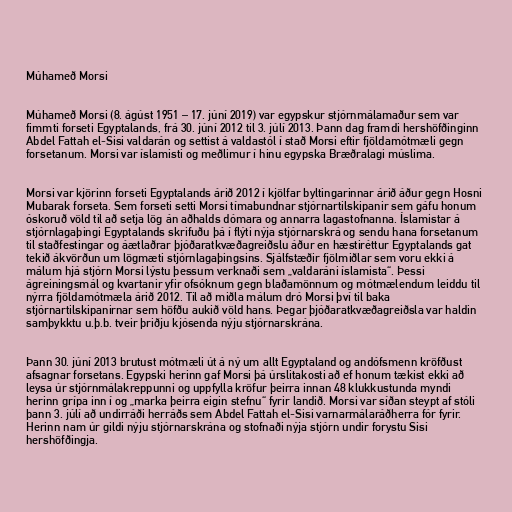
Múhameð Morsi

Múhameð Morsi (8. ágúst 1951 – 17. júní 2019) var egypskur stjórnmálamaður sem var
fimmti forseti Egyptalands, frá 30. júní 2012 til 3. júlí 2013. Þann dag framdi hershöfðinginn
Abdel Fattah el-Sisi valdarán og settist á valdastól í stað Morsi eftir fjöldamótmæli gegn
forsetanum. Morsi var íslamisti og meðlimur í hinu egypska Bræðralagi múslima.

Morsi var kjörinn forseti Egyptalands árið 2012 í kjölfar byltingarinnar árið áður gegn Hosni
Mubarak forseta. Sem forseti setti Morsi tímabundnar stjórnartilskipanir sem gáfu honum
óskoruð völd til að setja lög án aðhalds dómara og annarra lagastofnanna. Íslamistar á
stjórnlagaþingi Egyptalands skrifuðu þá í flýti nýja stjórnarskrá og sendu hana forsetanum
til staðfestingar og áætlaðrar þjóðaratkvæðagreiðslu áður en hæstiréttur Egyptalands gat
tekið ákvörðun um lögmæti stjórnlagaþingsins. Sjálfstæðir fjölmiðlar sem voru ekki á
málum hjá stjórn Morsi lýstu þessum verknaði sem „valdaráni íslamista“. Þessi
ágreiningsmál og kvartanir yfir ofsóknum gegn blaðamönnum og mótmælendum leiddu til
nýrra fjöldamótmæla árið 2012. Til að miðla málum dró Morsi því til baka
stjórnartilskipanirnar sem höfðu aukið völd hans. Þegar þjóðaratkvæðagreiðsla var haldin
samþykktu u.þ.b. tveir þriðju kjósenda nýju stjórnarskrána.

Þann 30. júní 2013 brutust mótmæli út á ný um allt Egyptaland og andófsmenn kröfðust
afsagnar forsetans. Egypski herinn gaf Morsi þá úrslitakosti að ef honum tækist ekki að
leysa úr stjórnmálakreppunni og uppfylla kröfur þeirra innan 48 klukkustunda myndi
herinn grípa inn í og „marka þeirra eigin stefnu“ fyrir landið. Morsi var síðan steypt af stóli
þann 3. júlí að undirráði herráðs sem Abdel Fattah el-Sisi varnarmálaráðherra fór fyrir.
Herinn nam úr gildi nýju stjórnarskrána og stofnaði nýja stjórn undir forystu Sisi
hershöfðingja.